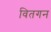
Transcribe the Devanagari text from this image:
वितगन